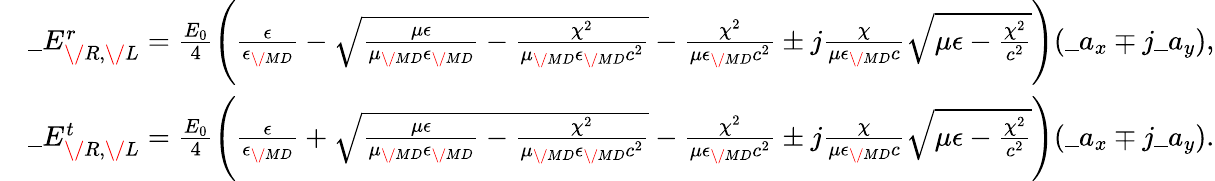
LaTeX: \begin{array}{rl}&{\_ E_{{\/ R},{\/ L}}^{r}={\frac{E_{0}}{4}}\Bigg({\frac{\epsilon}{\epsilon_{\/ {MD}}}}-\sqrt{{\frac{\mu\epsilon}{\mu_{\/ {MD}}\epsilon_{\/ {MD}}}}-{\frac{\chi^{2}}{\mu_{\/ {MD}}\epsilon_{\/ {MD}}c^{2}}}}-{\frac{\chi^{2}}{\mu\epsilon_{\/ {MD}}c^{2}}}\pm j{\frac{\chi}{\mu\epsilon_{\/ {MD}}c}}\sqrt{\mu\epsilon-{\frac{\chi^{2}}{c^{2}}}}\Bigg)(\_ a_{x}\mp j\_ a_{y}),}\\ &{\_ E_{{\/ R},{\/ L}}^{t}={\frac{E_{0}}{4}}\Bigg({\frac{\epsilon}{\epsilon_{\/ {MD}}}}+\sqrt{{\frac{\mu\epsilon}{\mu_{\/ {MD}}\epsilon_{\/ {MD}}}}-{\frac{\chi^{2}}{\mu_{\/ {MD}}\epsilon_{\/ {MD}}c^{2}}}}-{\frac{\chi^{2}}{\mu\epsilon_{\/ {MD}}c^{2}}}\pm j{\frac{\chi}{\mu\epsilon_{\/ {MD}}c}}\sqrt{\mu\epsilon-{\frac{\chi^{2}}{c^{2}}}}\Bigg)(\_ a_{x}\mp j\_ a_{y}).}\end{array}